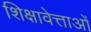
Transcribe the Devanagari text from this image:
शिक्षावेत्ताओं